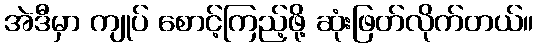
အဲဒီမှာ ကျုပ် စောင့်ကြည့်ဖို့ ဆုံးဖြတ်လိုက်တယ်။